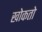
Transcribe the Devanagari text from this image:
खोकतो